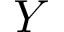
Y